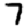
Digit: 7